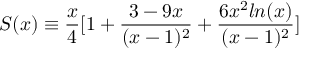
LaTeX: S ( x ) \equiv \frac { x } { 4 } [ 1 + \frac { 3 - 9 x } { ( x - 1 ) ^ { 2 } } + \frac { 6 x ^ { 2 } l n ( x ) } { ( x - 1 ) ^ { 2 } } ]